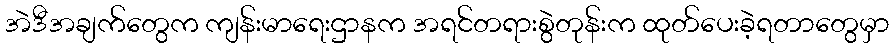
အဲဒီအချက်တွေက ကျန်းမာရေးဌာနက အရင်တရားစွဲတုန်းက ထုတ်ပေးခဲ့ရတာတွေမှာ